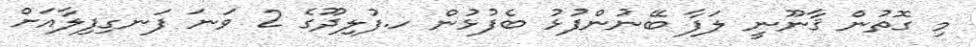
މި ގޮތުން ޤާނޫނީ ލަފާ ބޭނުންފުޅު ބެފުޅުން ހ.ފުލިދޫގެ 2 ވަނަ ފަނގިފިލާއަށް